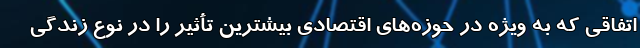
اتفاقی که به ویژه در حوزه‌های اقتصادی بیشترین تأثیر را در نوع زندگی